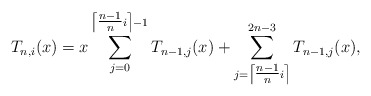
\begin{align*}T_{n,i}(x)=x\sum_{j=0}^{\left\lceil \tfrac{n-1}{n}i\right\rceil -1}T_{n-1,j}(x)+\sum_{j=\left\lceil \tfrac{n-1}{n}i\right\rceil }^{2n-3}T_{n-1,j}(x),\end{align*}